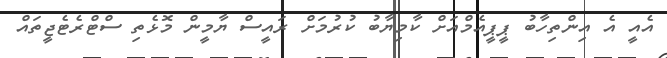
އެއީ އެ އިންތިހާބު ޕީޕީއެމްއަށް ކާމިޔާބު ކުރުމަށް ރައީސް ޔާމީން މޮޅެތި ސްޓްރެޓެޖީތައް